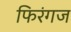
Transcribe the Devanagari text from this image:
फिरंगज